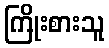
ကြိုးစားသူ